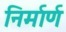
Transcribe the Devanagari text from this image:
निर्मार्ण